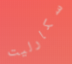
سكارليت